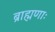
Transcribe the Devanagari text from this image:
ब्राह्मणाः